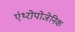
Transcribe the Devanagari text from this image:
एंथ्‍रोपोजेनिक